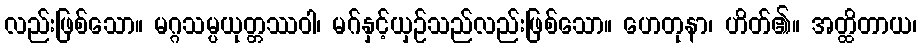
လည်းဖြစ်သော။ မဂ္ဂသမ္ပယုတ္တဿဝါ၊ မဂ်နှင့်ယှဉ်သည်လည်းဖြစ်သော။ ဟေတုနာ၊ ဟိတ်၏။ အတ္ထိတာယ၊